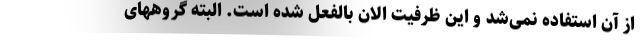
از آن استفاده نمی‌شد و این ظرفیت الان بالفعل شده است. البته گروههای